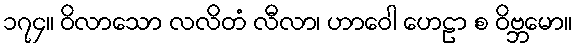
၁၇၄။ ဝိလာသော လလိတံ လီလာ၊ ဟာဝေါ ဟေဠာ စ ဝိဗ္ဘမော။